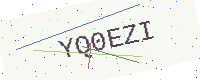
Text: YQ0EZI